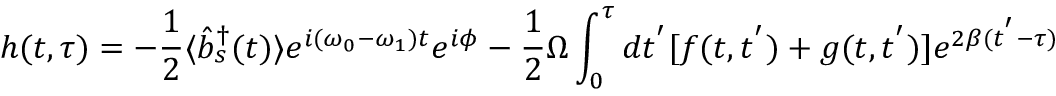
h ( t , \tau ) = - { \frac { 1 } { 2 } } \langle { \hat { b } } _ { s } ^ { \dagger } ( t ) \rangle e ^ { i ( \omega _ { 0 } - \omega _ { 1 } ) t } e ^ { i \phi } - { \frac { 1 } { 2 } } \Omega \int _ { 0 } ^ { \tau } d t ^ { ' } [ f ( t , t ^ { ' } ) + g ( t , t ^ { ' } ) ] e ^ { 2 \beta ( t ^ { ' } - \tau ) }